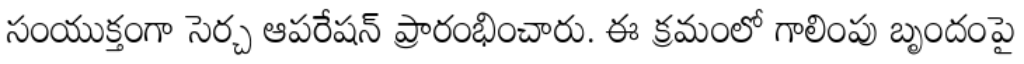
సంయుక్తంగా సెర్చ్ ఆపరేషన్ ప్రారంభించారు. ఈ క్రమంలో గాలింపు బృందంపై